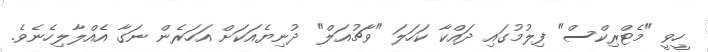
ހީވީ "މެޓްރިކްސް" ފިލުމުގައި ދައްކާ ކަހަލަ "ވާޗުއަލް" ދުނިޔެއަކަށް އަހަރެން ނަގާ އެއްލާލިހެނެވެ.